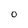
Character: 0